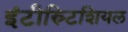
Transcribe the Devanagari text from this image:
इंटीस्र्टिशियल